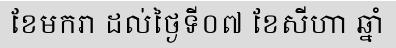
ខែមករា ដល់ថ្ងៃទី០៧ ខែសីហា ឆ្នាំ